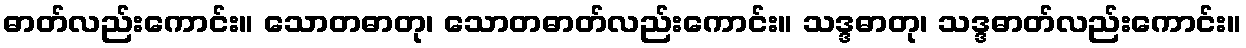
ဓာတ်လည်းကောင်း။ သောတဓာတု၊ သောတဓာတ်လည်းကောင်း။ သဒ္ဒဓာတု၊ သဒ္ဒဓာတ်လည်းကောင်း။